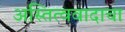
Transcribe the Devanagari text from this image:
अस्तित्ववादाचा